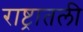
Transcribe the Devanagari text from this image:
राष्ट्रातली